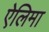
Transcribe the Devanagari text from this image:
ऐलिमा